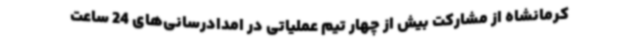
کرمانشاه از مشارکت بیش از چهار تیم عملیاتی در امدادرسانی‌های 24 ساعت